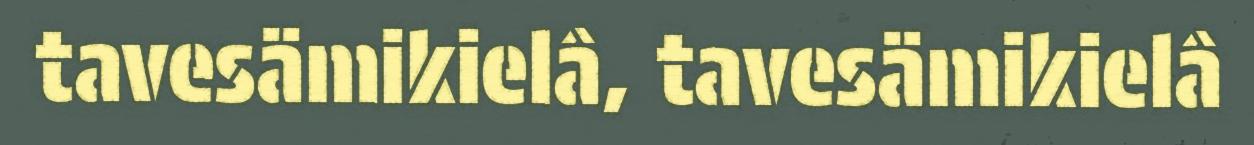
tavesämikielâ, tavesämikielâ